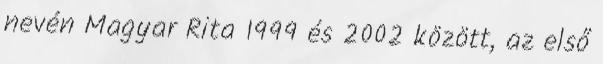
nevén Magyar Rita 1999 és 2002 között, az első